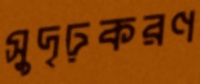
সুদৃঢ়করণ